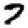
Digit: 7